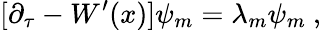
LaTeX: [\partial_{\tau}-W^{\prime}(x)]\psi_{m}=\lambda_{m}\psi_{m}~,